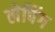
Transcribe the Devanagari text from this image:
लेपिंग